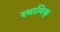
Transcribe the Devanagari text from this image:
स्थायिक्